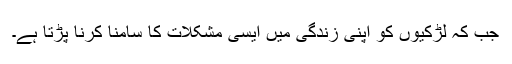
جب کہ لڑکیوں کو اپنی زندگی میں ایسی مشکلات کا سامنا کرنا پڑتا ہے۔